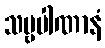
သဗ္ဗပါဏာနံ